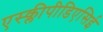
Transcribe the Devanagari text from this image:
एस्क्लीपीडिएसिई